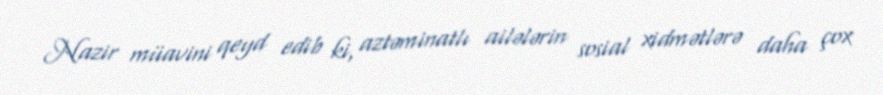
Nazir müavini qeyd edib ki, aztəminatlı ailələrin sosial xidmətlərə daha çox